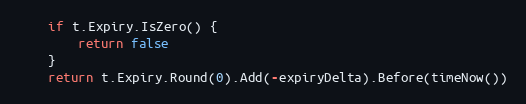
Language: Go
	if t.Expiry.IsZero() {
		return false
	}
	return t.Expiry.Round(0).Add(-expiryDelta).Before(timeNow())